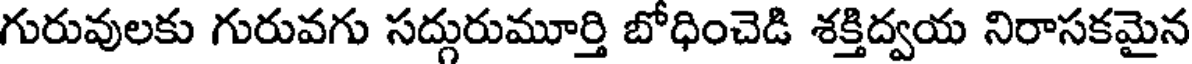
గురువులకు గురువగు సద్దురుమూర్తి బోధించెడి శక్తిద్వయ నిరాసకమైన